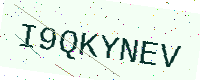
Text: I9QKYNEV